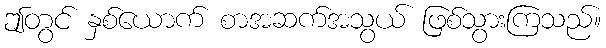
ဤတွင် နှစ်ယောက် စာအဆက်အသွယ် ဖြစ်သွားကြသည်။